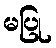
မပြု